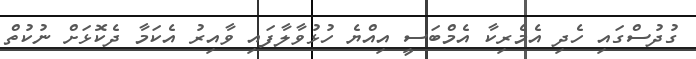
ގުދުސްގައި ހެދި އެމެރިކާ އެމްބަސީ އިއްޔެ ހުޅުވާލާފައި ވާއިރު އެކަމާ ދެކޮޅަށް ނުކުތް